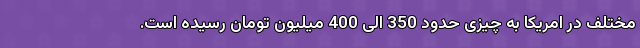
مختلف در امریکا به چیزی حدود 350 الی 400 میلیون تومان رسیده‌ است.